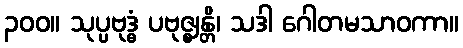
၃၀၀။ သုပ္ပဗုဒ္ဓံ ပဗုဇ္ဈန္တိ၊ သဒါ ဂေါတမသာဝကာ။